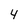
Character: 4